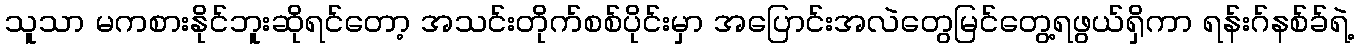
သူသာ မကစားနိုင်ဘူးဆိုရင်တော့ အသင်းတိုက်စစ်ပိုင်းမှာ အပြောင်းအလဲတွေမြင်တွေ့ရဖွယ်ရှိကာ ရန်းဂ်နစ်ခ်ရဲ့